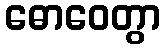
ဓောဝေတွာ